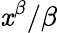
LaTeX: \mathit{x}^{\beta}/\beta